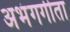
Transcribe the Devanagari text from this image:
अभंगगीता